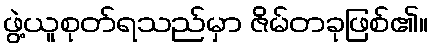
ဖွဲ့ယူစုတ်ရသည်မှာ ဇိမ်တခုဖြစ်၏။